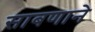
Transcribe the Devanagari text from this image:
साबणाने